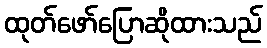
ထုတ်ဖော်ပြောဆိုထားသည်